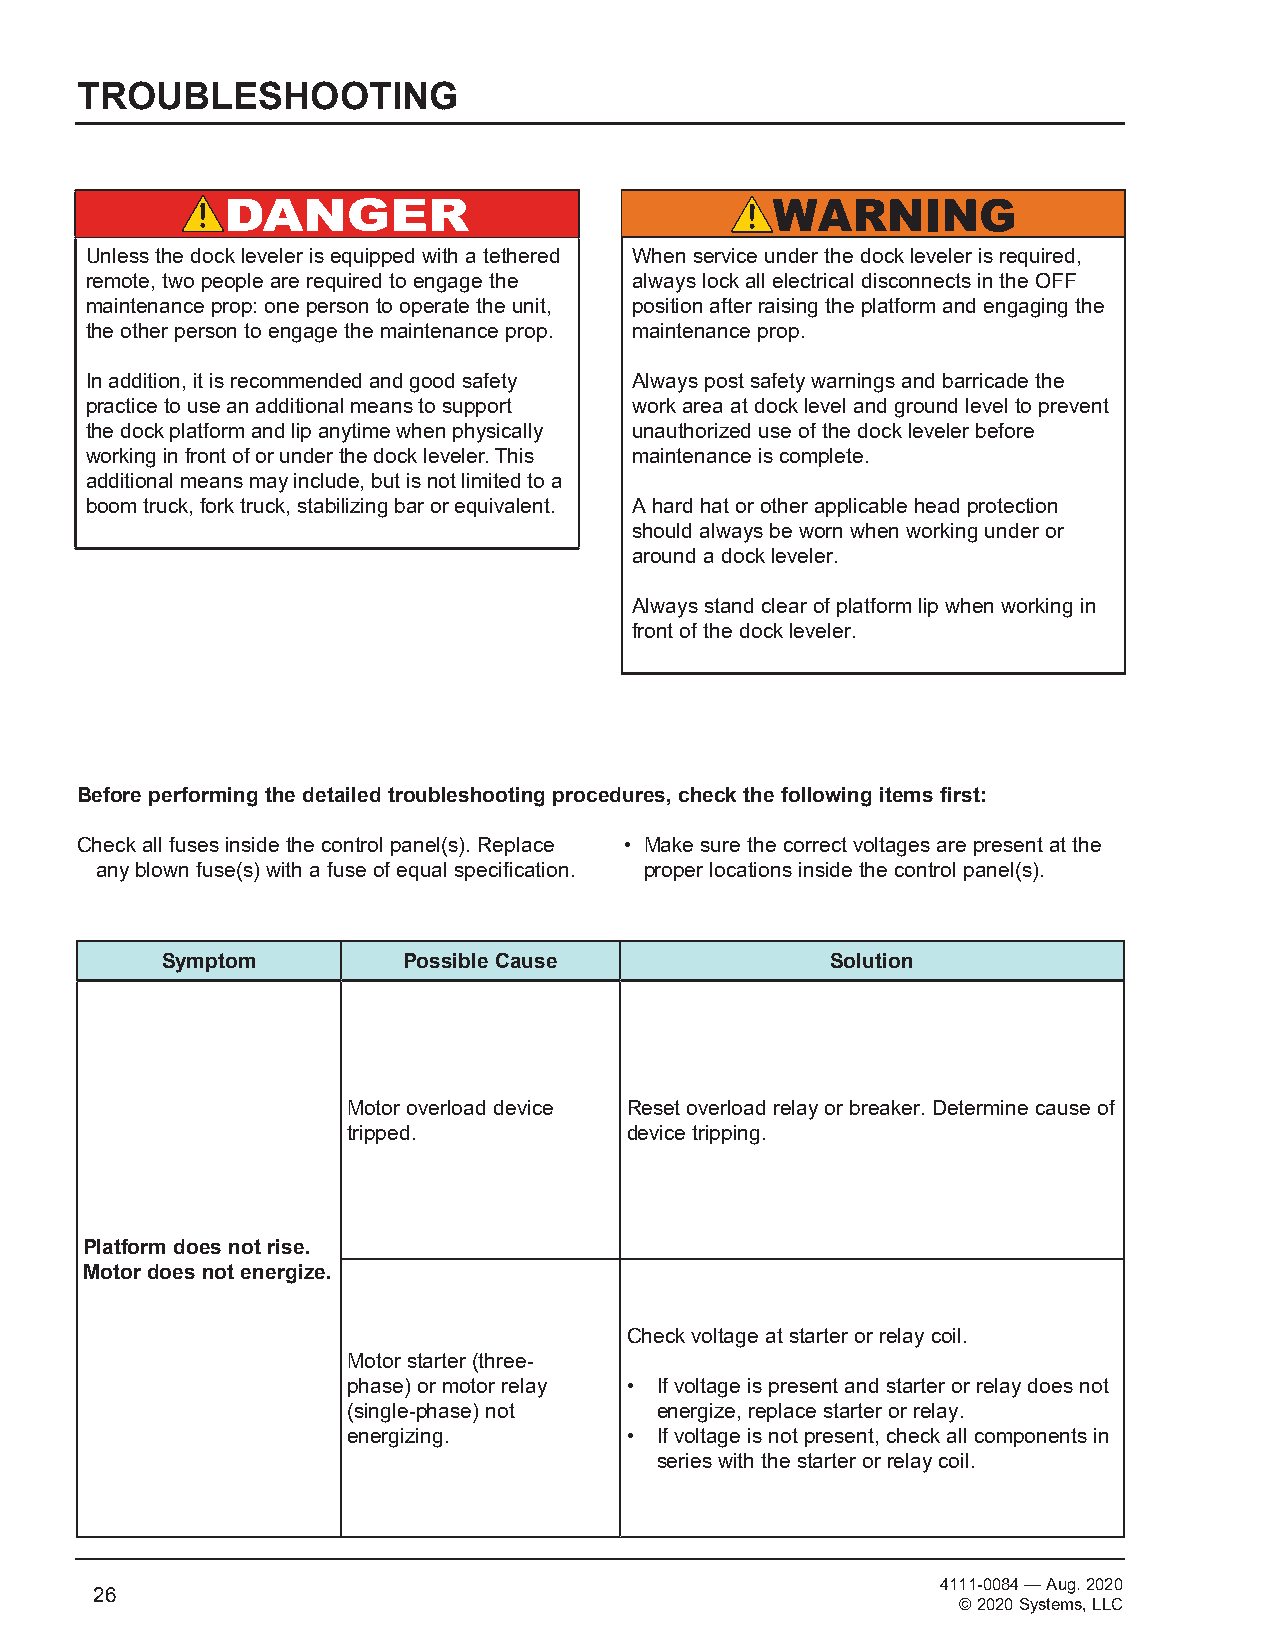
TROUBLESHOOTING
 Unless the dock leveler is equipped with a tethered When service under the dock leveler is required,
 remote, two people are required to engage the always lock all electrical disconnects in the OFF
 maintenance prop: one person to operate the unit, position after raising the platform and engaging the
 the other person to engage the maintenance prop. maintenance prop.
 In addition, it is recommended and good safety Always post safety warnings and barricade the
 practice to use an additional means to support work area at dock level and ground level to prevent
 the dock platform and lip anytime when physically unauthorized use of the dock leveler before
 working in front of or under the dock leveler. This maintenance is complete.
 additional means may include, but is not limited to a
 boom truck, fork truck, stabilizing bar or equivalent. A hard hat or other applicable head protection
 should always be worn when working under or
 around a dock leveler.
 Always stand clear of platform lip when working in
 front of the dock leveler.
 Before performing the detailed troubleshooting procedures, check the following items first:
 Check all fuses inside the control panel(s). Replace • Make sure the correct voltages are present at the
 any blown fuse(s) with a fuse of equal specification. proper locations inside the control panel(s).
 Symptom         Possible Cause              Solution
 Motor overload device Reset overload relay or breaker. Determine cause of
 tripped.          device tripping.
 Platform does not rise.
 Motor does not energize.
 Check voltage at starter or relay coil.
 Motor starter (three-
 phase) or motor relay • If voltage is present and starter or relay does not
 (single-phase) not  energize, replace starter or relay.
 energizing.       • If voltage is not present, check all components in
 series with the starter or relay coil.
 4111-0084 — Aug. 2020
 26
 © 2020 Systems, LLC